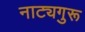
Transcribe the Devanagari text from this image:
नाट्यगुरू